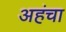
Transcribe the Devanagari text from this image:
अहंचा